Medical and sanitary report of the native army of Bengal for the year
Year: 1877
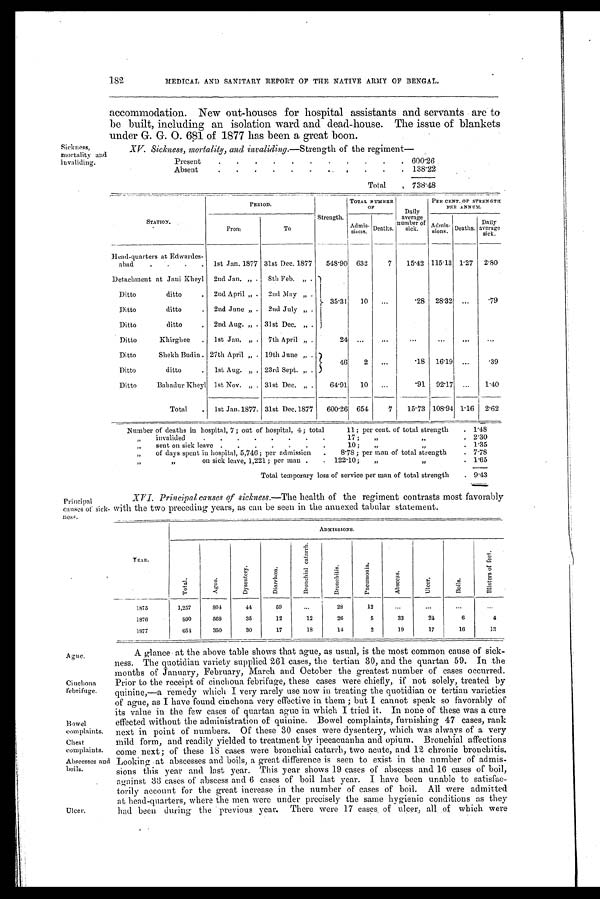
182.
MEDICAL AND SANITARY REPORT OF THE NATIVE ARMY OF BENGAL.
Sickness,
mortality and
invaliding.
accommodation. New out-houses for hospital assistants and servants are to
be built, including an isolation ward and dead-house. The issue of blankets
under G. G. O. 681 of 1877 has been a great boon.
XV. Sickness, mortality, and invaliding.—Strength of the regiment
Present
.
.
.
.
.
.
.
.
.
.
. 600.26
Absent
.
.
.
.
.
.
.
.
.
.
. 138.22
Total
. 738.48
STATION.
PERIOD.
Strength.
TOTAL NUMBER
OF
Daily
average
number
sick.
PER CENT. OF STRENGTH.
PER ANNUM.
From
To
Admis-
sions
Deaths.
Admis.
sions.
Deaths.
Daily
average
sick.
Head-quarters at Edwardes-
abed
. 1st Jan. 1877 31st Dec. 1877
548.90 632
7
15.42 115.13 1.27 2.80
Detachment at Jani Kheyl 2nd Jan. „ . 8th Feb. „ .
Ditto
ditto
. 2nd April „ . 2nd May „ .
35.31
10
...
.28 28.32 ...
.79
Ditto
ditto
. 2nd June „ . 2nd July ,, .
Ditto
ditto
. 2nd Aug. „ . 31st Dec. „ .
Ditto
Khirghee . 1st Jan. „ . 7th April „ .
24 ...
. . .
. . .
. . .
. . .
Ditto
Shekh Budin . 27th April „ . 19th June „ .
46
2
...
.18 16.19 ...
.39
Ditto
ditto
. 1st Aug. „ . 23rd Sept. „ .
Ditto
Bahadur Kheyl 1st Nov. „ . 31st Dec. „ .
64.91
10
...
.91 92.17 ...
1.40
Total
. 1st Jan.1877 . 31st Dec.1877 600.26 654
7
15.73 108.94 1.16 2.62
Number of deaths in hospital, 7; out of hospital, 4 ; total
11; per cent. of total strength
. 1.48
„
invalided
.
.
.
.
.
.
. •
17;
„ „
. 2.30
„
sent on sick leave .
.
.
.
.
.
.
10 ;
„
„
. 1.35
„
of days spent in hospital, 5,746; per admission
.
8.78 ; per man of total strength
. 7.78
„ „
on sick leave, 1,221 ; per man .
. 122.10;
„
,,
. 1.65
Total temporary loss of service per man of total strength
. 9 . 4 3
Principal
causes of sick-
ness,
A gue.
Cinchona
febrifuge.
Bowel
complaints.
Chest
complaints.
Abscesses and
boils.
Ulcer,
XVI. Principal causes of sickness.—The health of the regiment contrasts most favorably
with the two preceding years, as can be seen in the annexed tabular statement.
Y E A R .
ADMISSIONS.
T o t a l .
A g u e .
D y s e n t e r y .
D i a r r h œ a .
B r o n e h i a l c a t a r r h .
B r o n e h i t i s .
P n e u m o n i a .
A b s c c s s .
U l c e r .
B o i l s .
B l i s t e r s o f f e e t .
1875
1,257
804
44
59
...
28
12
...
. . .
. . . . . .
1876
8 9 0 568
35
12
12
26
5
33
24
6
4
1877
654
350
30
17
18
14
2
19
17
16
13
A glance . at the above table shows that ague, as usual, is the most common cause of sick-
ness. The quotidian variety supplied 261 cases, the tertian 30, and the quartan 59. In the
months of January, February, March and October the greatest number of cases occurred.
Prior to the receipt of cinchona febrifuge, these cases were chiefly, if not solely, treated by
quinine,—a remedy which I very rarely use now in treating the quotidian or tertian varieties
of ague, as I have found cinchona very effective in them; but I cannot speak so favorably of
its value in the few cases of quartan ague in which I tried it. In none of these was a cure
effected without the administration of quinine. Bowel complaints, furnishing 47 cases, rank
next in point of numbers. Of these 30 cases were dysentery, which was always of a very
Mild form, and readily yielded to treatment by ipecacuanha and opium. Bronchial affections
come next; of these 18 cases were bronchial catarrh, two acute, and 12 chronic bronchitis.
Looking at abscesses and boils, a great difference is seen to exist in the number of admis-
sions this year and last year. This year shows 19 cases of abscess and 16 cases of boil,
against 33 cases of abscess and 6 cases of boil last year. I have been unable to satisfac-
torily account for the great increase in the number of cases of boil. All were admitted
at head-quarters, where the men were under precisely the same hygienic conditions as they
had been during the previous year. There were 17 cases, of ulcer, all of which were